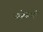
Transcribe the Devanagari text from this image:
ताम्रलेखानुसार